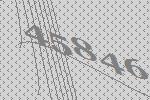
45846